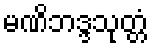
မဏိဘဒ္ဒသုတ္တံ